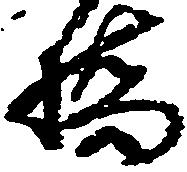
橋